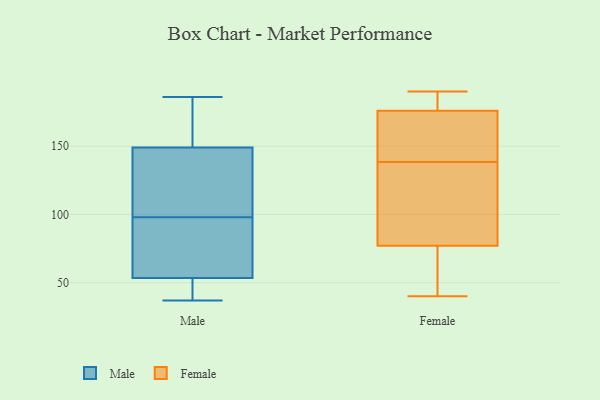
{"axis": {"x": "Market Share (%)", "y": "Value"}, "legend": ["Female", "Male"], "data": [{"x": "", "y": 128, "type": "Male"}, {"x": "", "y": 170, "type": "Male"}, {"x": "", "y": 174, "type": "Male"}, {"x": "", "y": 140, "type": "Male"}, {"x": "", "y": 61, "type": "Male"}, {"x": "", "y": 51, "type": "Male"}, {"x": "", "y": 152, "type": "Male"}, {"x": "", "y": 45, "type": "Male"}, {"x": "", "y": 37, "type": "Male"}, {"x": "", "y": 51, "type": "Male"}, {"x": "", "y": 125, "type": "Male"}, {"x": "", "y": 182, "type": "Male"}, {"x": "", "y": 83, "type": "Male"}, {"x": "", "y": 126, "type": "Male"}, {"x": "", "y": 186, "type": "Male"}, {"x": "", "y": 73, "type": "Male"}, {"x": "", "y": 98, "type": "Male"}, {"x": "", "y": 43, "type": "Male"}, {"x": "", "y": 61, "type": "Male"}, {"x": "", "y": 94, "type": "Female"}, {"x": "", "y": 173, "type": "Female"}, {"x": "", "y": 142, "type": "Female"}, {"x": "", "y": 40, "type": "Female"}, {"x": "", "y": 77, "type": "Female"}, {"x": "", "y": 182, "type": "Female"}, {"x": "", "y": 190, "type": "Female"}, {"x": "", "y": 41, "type": "Female"}, {"x": "", "y": 135, "type": "Female"}, {"x": "", "y": 176, "type": "Female"}]}